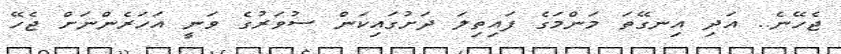
ޖެހޭނެ.. އަދި އިނގޭތަ މަންމަގެ ފައިތިލަ ދަށުގައިކަން ސުވަރުގެ ވަނީ އަހަރެންނަށް ޖެހޭ